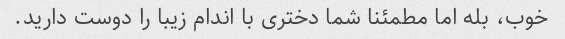
خوب، بله اما مطمئنا شما دختری با اندام زیبا را دوست دارید.